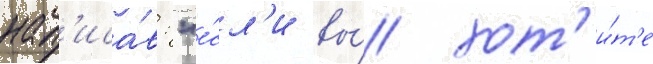
нап'иса́в: "е́сл'и вы́ хот'и́т'е